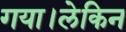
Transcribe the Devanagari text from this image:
गया।लेकिन